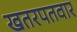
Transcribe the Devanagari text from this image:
खतरपतवार